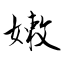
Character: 嫩